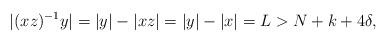
LaTeX: \begin{align*} |(xz)^{-1}y| = |y| - |xz| = |y| - |x| = L > N + k + 4\delta, \end{align*}